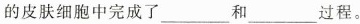
的皮肤细胞中完成了___和___过程。